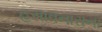
હસાવનારાના